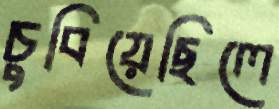
চুবিয়েছিলে